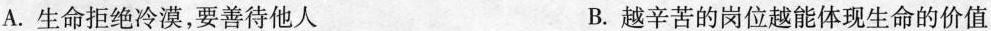
A. 生命拒绝冷漠，要善待他人 B. 越辛苦的岗位越能体现生命的价值